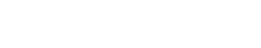
သုံးသပ်ပြောကြားထားပါတယ်။